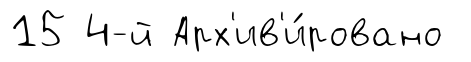
15 4-й Арх'ив'и́ровано